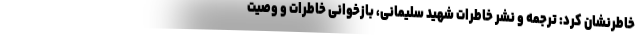
خاطرنشان کرد: ترجمه و نشر خاطرات شهید سلیمانی، بازخوانی خاطرات و وصیت